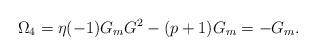
LaTeX: \begin{align*}\Omega_4 = \eta(-1) G_m G^2 -(p+1) G_m=- G_m .\end{align*}